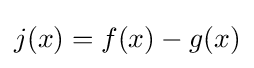
j(x)=f(x)-g(x)